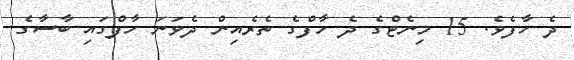
ދެ ހާފެވެ. 15 މިނެޓްގެ ދެ ހާފްގެ ތެރެއިން ދެވަނަ ހާފްގައި ބާސާގެ